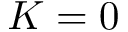
K = 0